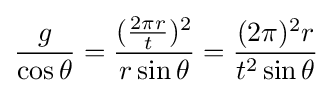
{\frac {g}{\cos \theta }}={\frac {({\frac {2\pi r}{t}})^{2}}{r\sin \theta }}={\frac {(2\pi )^{2}r}{t^{2}\sin \theta }}